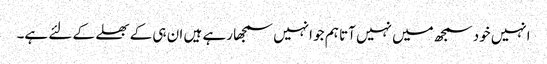
انہیں خود سمجھ میں نہیں آتا ہم جو انہیں سمجھا رہے ہیں ان ہی کے بھلے کے لئے ہے۔